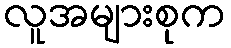
လူအများစုက